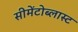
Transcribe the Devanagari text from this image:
सीमेंटोब्लास्ट